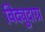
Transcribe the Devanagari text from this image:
विद्युदाग्र